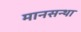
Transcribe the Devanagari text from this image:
मानसन्था